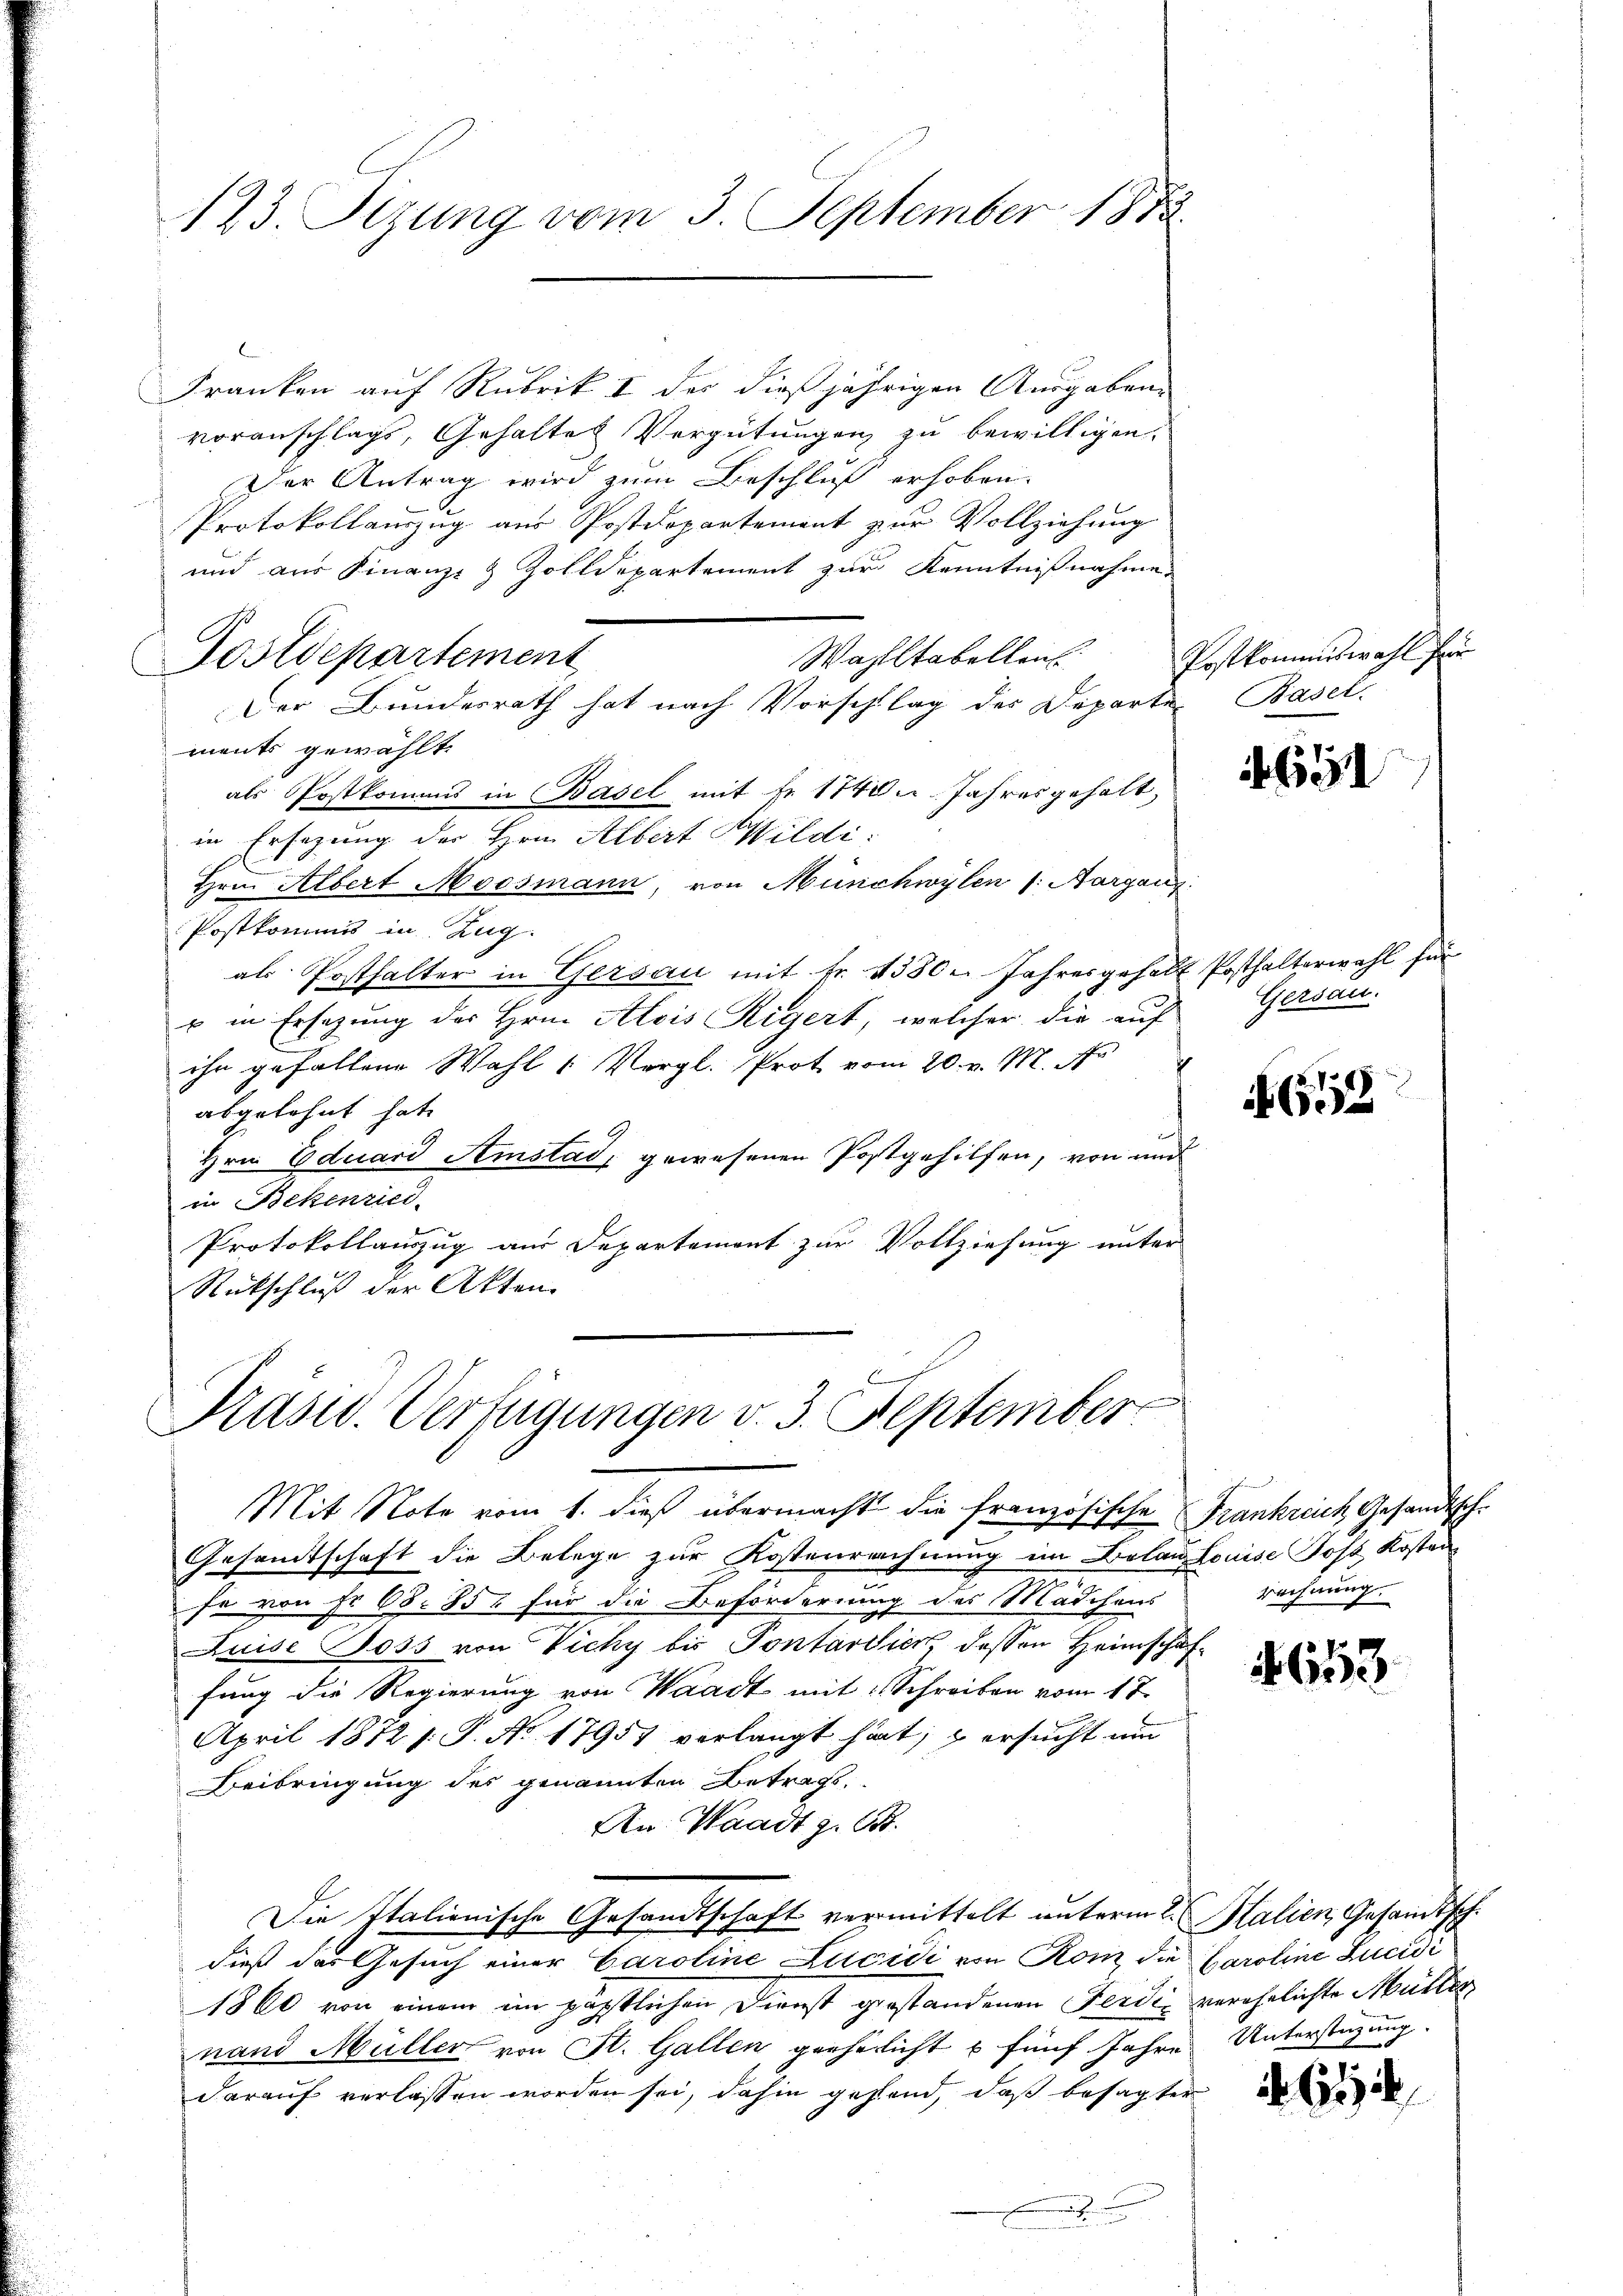
123. Sezung vom 3. September 1873.

Franken auf Rubrik I der dießjährigen Ausgaben
voranschlags, Gehaltes Vergütungen zu bewilligen.
Der Antrag wird zum Beschluß erhoben.
Protokollauszug aus Postdepartement zur Vollziehung
und aus Finanz- & Zolldepartement zur Kenntnißnahme
Postdepartement
Wahlltabellent
Der Bundesrath hat nach Vorschlag der Departe Basel-
ments gewählt.
als Postkomms in Basel mit Fr. 1740 Jahresgehalt,
in Ersezung der Hrn. Albert Wildi
Hrn. Albert Moosmann, von Münchwylen (: Aargang
Postkommis in Zug.
als Posthalter in Gersau mit fr. 1380. Jahresgehalt Posthalterwahl für
u in Ersezung des Hrn. Alois Rigert, welcher die auf
ihn gefallene Wahl (Vergl. Prot vom 20. v. M. No
abgelehnt hat,
Hrn. Eduard Amstad, gewesenen Postgehilfen, von und
in Bekenried
Protokollauszug aus Departement zur Vollziehung unter
Rückschluß der Akten.

¬
Präsid. Verfügungen v. 3. September

Postkommiswahl für

Mit Note vom 1. dieß übermacht die französische Frankreich Gesandtsche
Gesandtschaft die Belege zur Kostenrechnung im Belau Louise Post Kosten
fe von Fr. 68. 857 für die Beförderung des Mädchens
Luise Foss von Vichy bis Pontardien, dessen Heimschaffung die Regierung von Waadt mit Schreiben vom 17.
April 1872 s. S. No 17957 verlangt hat, u ersucht um
Beibringung des genannten Betract
An Waadt z. B.
Die Italionische Gesandtschaft vermittelt unterm 2. Stalien, Gesandtsch.
dieß das Gesuch einer Caroline Lucidi von Ronz, die Caroline Lucidi
1860 von einem im päpstlichen Dienst gestandenen Ferdie verehelichte Mutter
nand Müller von St. Gallen geehelicht u fünf Jahre Unterstüzung.
darauf verlassen worden sei, dahin gehend, daß besagter
.

4691

Gersau.

1652

rechnung.

6113

61